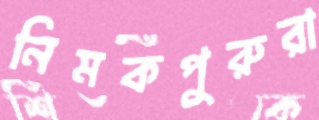
নিমকপুরুরা